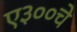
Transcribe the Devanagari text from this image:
ए३००चे